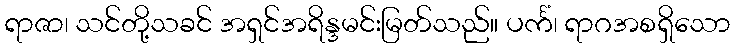
ရာဇာ၊ သင်တို့သခင် အရှင်အရိန္ဒမင်းမြတ်သည်။ ပင်္ကံ၊ ရာဂအစရှိသော